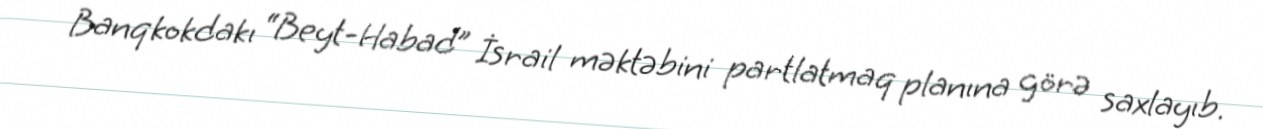
Banqkokdakı “Beyt-Habad” İsrail məktəbini partlatmaq planına görə saxlayıb.